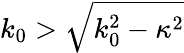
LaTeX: k_{0}>\sqrt{k_{0}^{2}-\kappa^{2}}